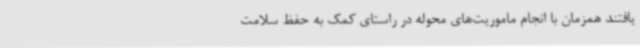
یافتند همزمان با انجام ماموریت‌های محوله در راستای کمک به حفظ سلامت